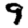
Digit: 9